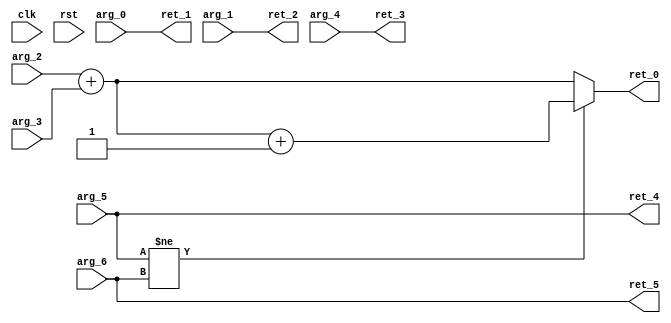
module FP16BAddSubS2Of5(
 input 	       clk,
 input 	       rst,
 input 	       arg_0,
 input 	       arg_1,
 input [14:0]  arg_2,
 input [14:0]  arg_3,
 input [7:0]   arg_4,
 input 	       arg_5,
 input 	       arg_6,
 output [15:0] ret_0,
 output        ret_1,
 output        ret_2,
 output [7:0]  ret_3,
 output        ret_4,
 output        ret_5);
   wire        xn;
   wire        yn;
   wire [15:0] rxy;
   wire        diff_sign;
   wire [15:0] r_final;
   assign xn = arg_5;
   assign yn = arg_6;
   assign diff_sign = (xn != yn);
   assign rxy = arg_2 + arg_3;
   assign r_final = diff_sign ? (rxy + 1) : rxy;
   assign ret_0 = r_final;
   assign ret_1 = arg_0;
   assign ret_2 = arg_1;
   assign ret_3 = arg_4;
   assign ret_4 = arg_5;
   assign ret_5 = arg_6;
endmodule